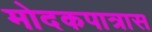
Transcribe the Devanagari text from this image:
मोदकपात्रास